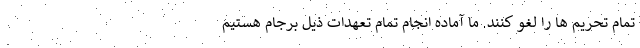
تمام تحریم ها را لغو کنند. ما آماده انجام تمام تعهدات ذیل برجام هستیم